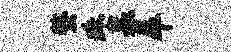
螯珠募卒